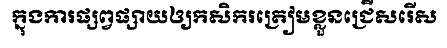
ក្នុងការផ្សព្វផ្សាយឲ្យកសិករត្រៀមខ្លួនជ្រើសរើស